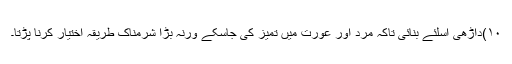
۱۰)داڑھی اسلئے بنائی تاکہ مرد اور عورت میں تمیز کی جاسکے ورنہ بڑا شرمناک طریقہ اختیار کرنا پڑتا۔